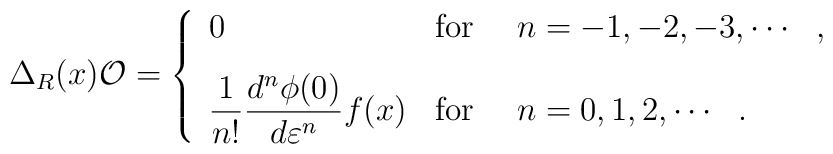
\Delta_R(x) {\cal O} = \left\{\begin{array}{ll}0  & {\rm for} ~~~~  n = -1,-2,-3,\cdots ~~ ,\vspace{3mm}\\\displaystyle{\frac{1}{n!}\frac{d^n \phi(0)}{d \varepsilon^n} f(x) } & {\rm for} ~~~~ n = 0,1,2,\cdots ~~ .\end{array} \right.